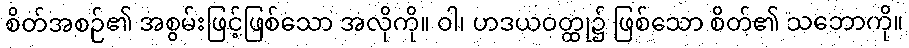
စိတ်အစဉ်၏ အစွမ်းဖြင့်ဖြစ်သော အလိုကို။ ဝါ၊ ဟဒယဝတ္ထု၌ ဖြစ်သော စိတ်၏ သဘောကို။